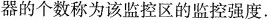
器的个数称为该监控区的监控强度.